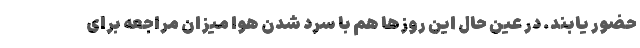
حضور یابند. در عین حال این روزها هم با سرد شدن هوا میزان مراجعه برای